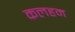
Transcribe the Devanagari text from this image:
कलहम